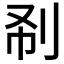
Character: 𠛚